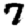
Digit: 7